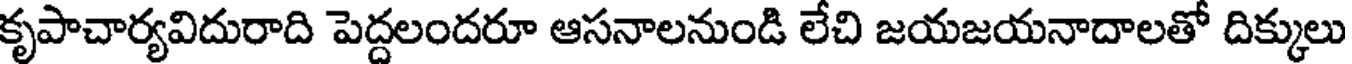
కృపాచార్యవిదురాది పెద్దలందరూ ఆసనాలనుండి లేచి జయజయనాదాలతో దిక్కులు